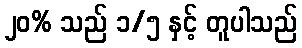
၂၀% သည် ၁/၅ နှင့် တူပါသည်